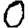
Digit: 0